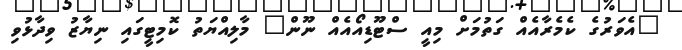
"އެވަރުގެ ކެމެރާއެއް ގަތުމަށް މިއީ ސްޓޫޑިއޯއެއް ނޫން" މާލިއްޔަތު ކޮމިޓީގައި ނިޔާޒު ވިދާޅުވި